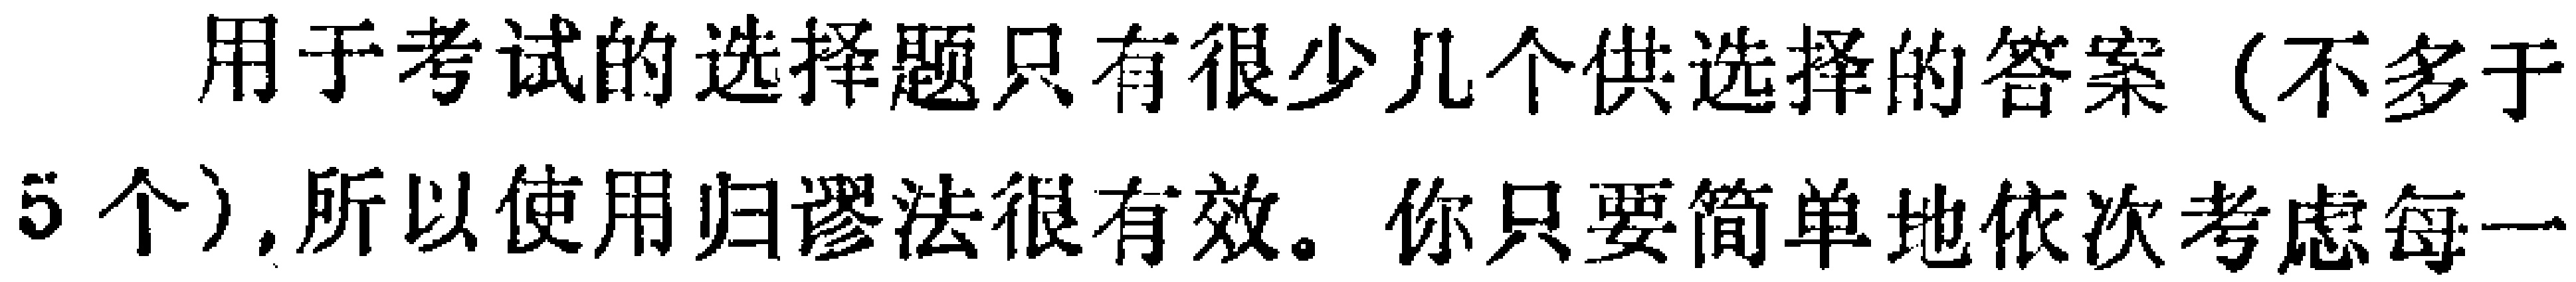
用于考试的选择题只有很少几个供选择的答案（不多于5个）,所以使用归谬法很有效。你只要简单地依次考虑每一